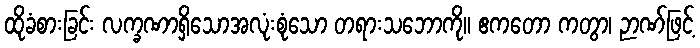
ထိုခံစားခြင်း လက္ခဏာရှိသောအလုံးစုံသော တရားသဘောကို။ ဧကတော ကတွာ၊ ဉာဏ်ဖြင့်